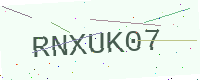
Text: RNXUK07